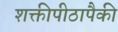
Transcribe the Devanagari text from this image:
शक्तीपीठापैकी